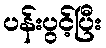
ပန်းပွင့်ပြီး